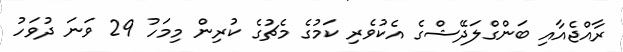
ރާއްޖެއާއި ބަންގްލަދޭޝްގެ އެކުވެރި ކަމުގެ މެޗުގެ ކުރިން މިމަހު 29 ވަނަ ދުވަހު